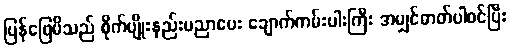
ပြန်ဖြေမိသည် စိုက်ပျိုးနည်းပညာပေး ချောက်ကမ်းပါးကြီး အမျှင်ဓာတ်ပါဝင်ပြီး